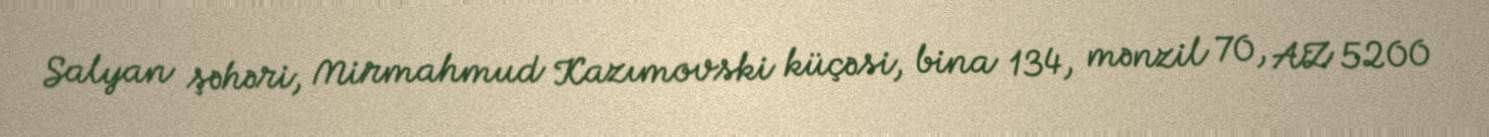
Salyan şəhəri, Mirmahmud Kazımovski küçəsi, bina 134, mənzil 70, AZ 5200